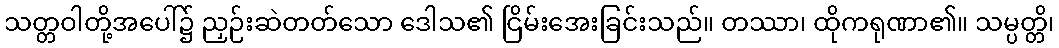
သတ္တဝါတို့အပေါ်၌ ညှဉ်းဆဲတတ်သော ဒေါသ၏ ငြိမ်းအေးခြင်းသည်။ တဿာ၊ ထိုကရုဏာ၏။ သမ္ပတ္တိ၊